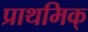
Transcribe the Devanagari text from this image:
प्राथमिक्